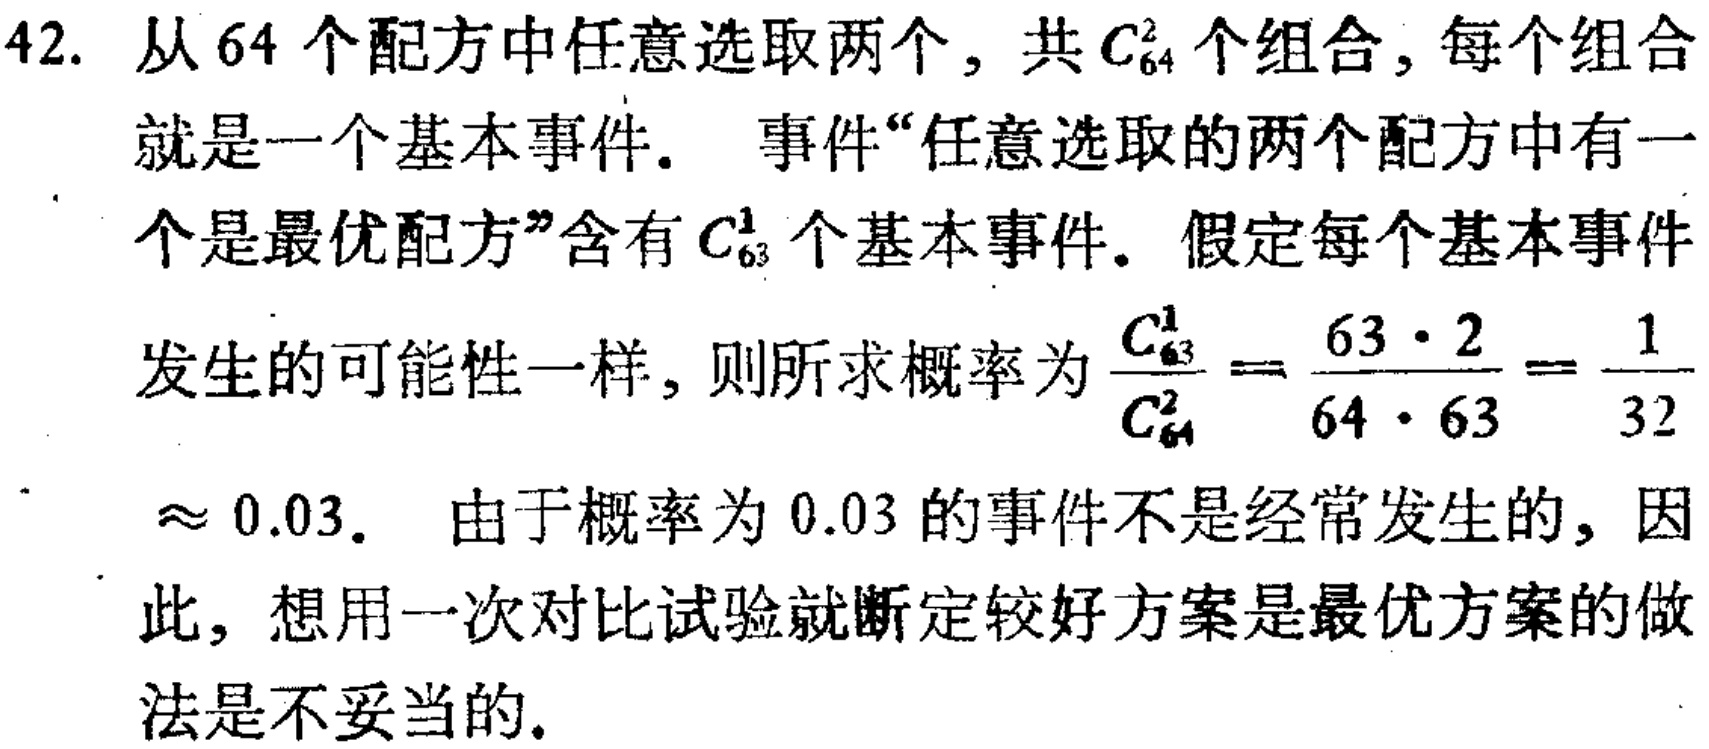
42. 从64个配方中任意选取两个，共\(C_{64}^2\)个组合，每个组合

就是一个基本事件。 事件“任意选取的两个配方中有一

个是最优配方”含有\(C_{63}^1\)个基本事件。假定每个基本事件

发生的可能性一样，则所求概率为\(\frac{C_{63}^1}{C_{64}^2}=\frac{63\cdot2}{64\cdot63}=\frac{1}{32}\)

\(\approx 0.03\)。 由于概率为\(0.03\)的事件不是经常发生的，因

此，想用一次对比试验就断定较好方案是最优方案的做

法是不妥当的。